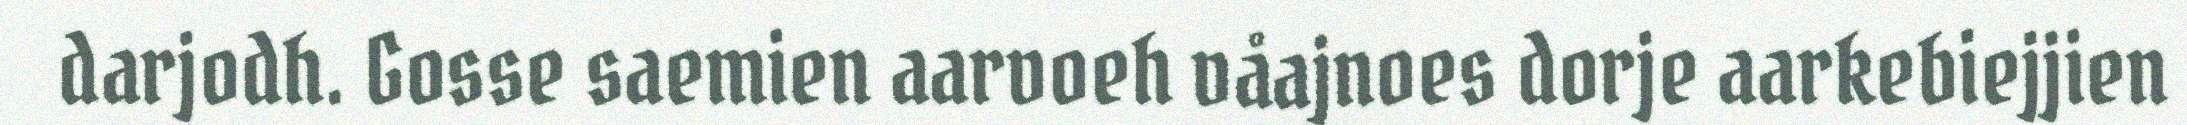
darjodh. Gosse saemien aarvoeh våajnoes dorje aarkebiejjien